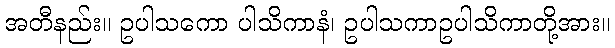
အတီနည်း။ ဥပါသကော ပါသိကာနံ၊ ဥပါသကာဥပါသိကာတို့အား။